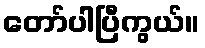
တော်ပါပြီကွယ်။